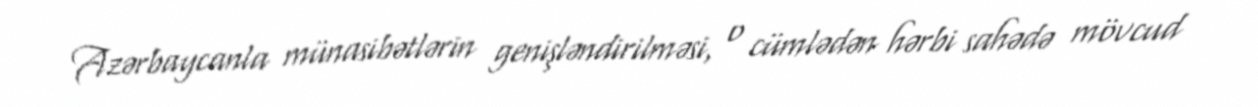
Azərbaycanla münasibətlərin genişləndirilməsi, o cümlədən hərbi sahədə mövcud